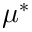
\mu ^ { * }